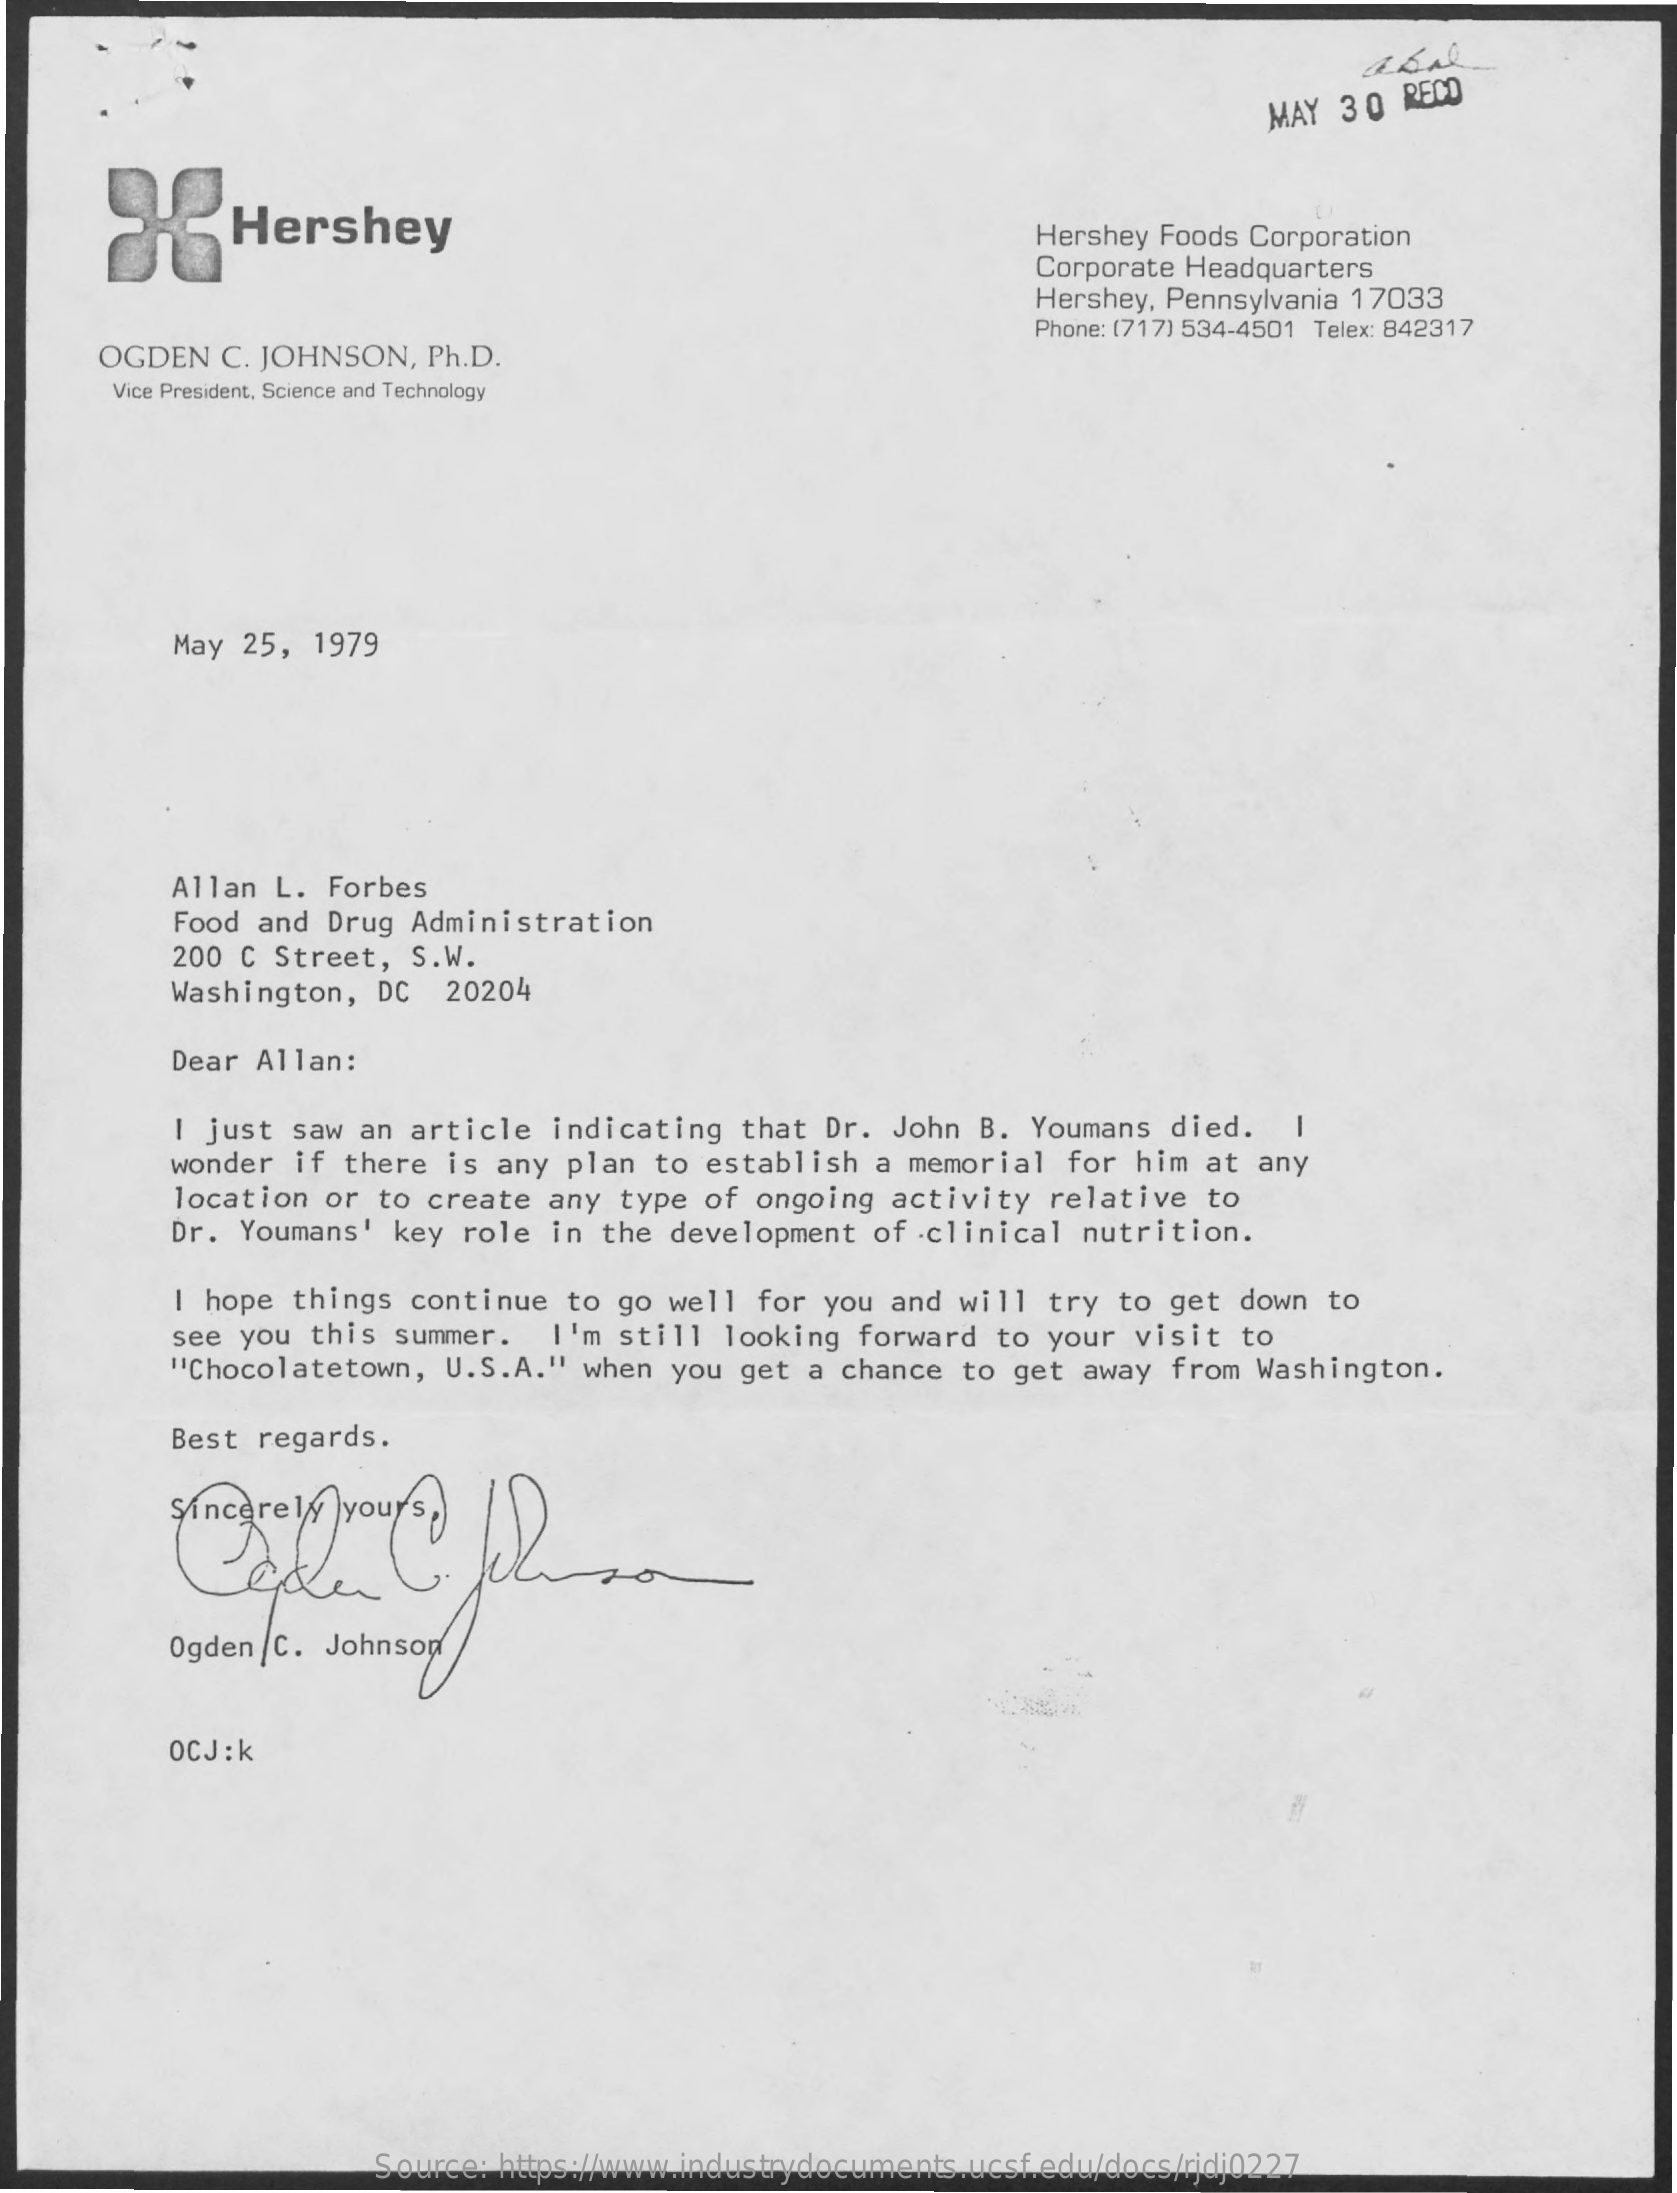
MAY 30 RECO
     Hershey    Hershey Foods Corporation
     Corporate Headquarters
     Hershey, Pennsylvania 17033
     OGDEN C. JOHNSON, Ph.D.
     Phone: (717) 534-4501 Telex: 842317
     Vice President, Science and Technology
     May 25, 1979
     Allan L. Forbes
     Food and Drug Administration
     200 C Street, S.W.
     Washington, DC 20204
     Dear Allan:
     I just saw an article indicating that Dr. John B. Youmans died. I
     wonder if there is any plan to establish a memorial for him at any
     location or to create any type of ongoing activity relative to
     Dr. Youmans' key role in the development of clinical nutrition.
     I hope things continue to go well for you and will try to get down to
     see you this summer. I'm still looking forward to your visit to
     "Chocolatetown, U.S.A." when you get a chance to get away from Washington.
     Best regards.
     Ogden /C. Johnson
     OCJ:k
     Source: https://www.industrydocuments.ucsf.edu/docs/rjdj0227